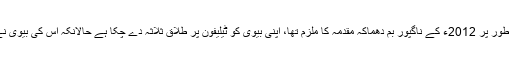
13 جولائی (سیاست ڈاٹ کام) ایک شخص جو مبینہ طور پر 2012ء کے ناگپور بم دھماکہ مقدمہ کا ملزم تھا، اپنی بیوی کو ٹیلیفون پر طلاق ثلاثہ دے چکا ہے حالانکہ اس کی بیوی نے اس کی مجرمانہ سرگرمیوں کی مدافعت کی تھی۔